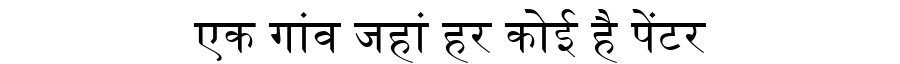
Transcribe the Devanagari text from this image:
एक गांव जहां हर कोई है पेंटर